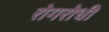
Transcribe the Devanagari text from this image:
रोगरोधी